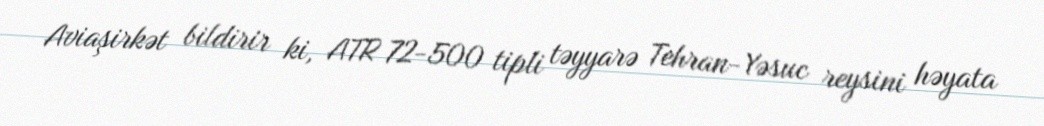
Aviaşirkət bildirir ki, ATR 72-500 tipli təyyarə Tehran-Yəsuc reysini həyata